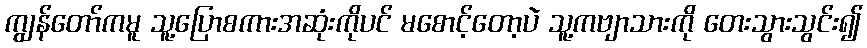
ကျွန်တော်ကမူ သူ့ပြောစကားအဆုံးကိုပင် မစောင့်တော့ပဲ သူ့ကဗျာသားကို တေးသွားသွင်း၍